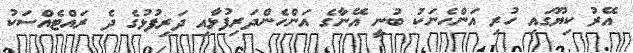
އޭރު ކިޔޫގައި ހުރި އަންހެނަކު ބުނީ އޭނާގެ އަންހެންދަރިފުޅާއި ދަރިފުޅުގެ ދެ ރައްޓެއްސަކު